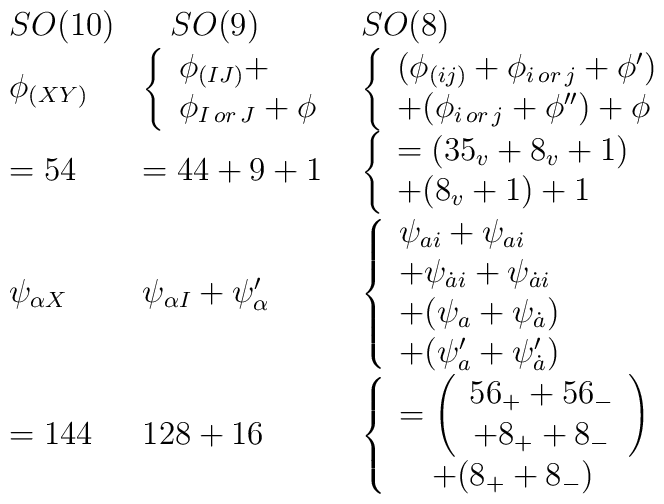
\begin{array}{lll}SO(10) &\begin{array}{l}\\\end{array}SO(9) & SO(8) \\\phi _{(XY)} & \left\{\begin{array}{l}\phi _{(IJ)}+ \\\phi _{I\,or\,J}+\phi\end{array}\right. & \left\{\begin{array}{l}(\phi _{(ij)}+\phi _{i\,or\,j}+\phi ^{\prime }) \\+(\phi _{i\,or\,j}+\phi ^{\prime \prime })+\phi\end{array}\right. \\=54 & =44+9+1 & \left\{\begin{array}{l}=(35_v+8_v+1) \\+(8_v+1)+1\end{array}\right. \\\psi _{\alpha X} & \psi _{\alpha I}+\psi _\alpha ^{\prime } & \left\{\begin{array}{l}\psi _{ai}+\psi _{ai} \\+\psi _{\dot ai}+\psi _{\dot ai} \\+(\psi _a+\psi _{\dot a}) \\+(\psi _a^{\prime }+\psi _{\dot a}^{\prime })\end{array}\right. \\=144 & 128+16 & \left\{\begin{array}{l}=\left(\begin{array}{c}56_{+}+56_{-} \\+8_{+}+8_{-}\end{array}\right) \\\quad +(8_{+}+8_{-})\end{array}\right.\end{array}